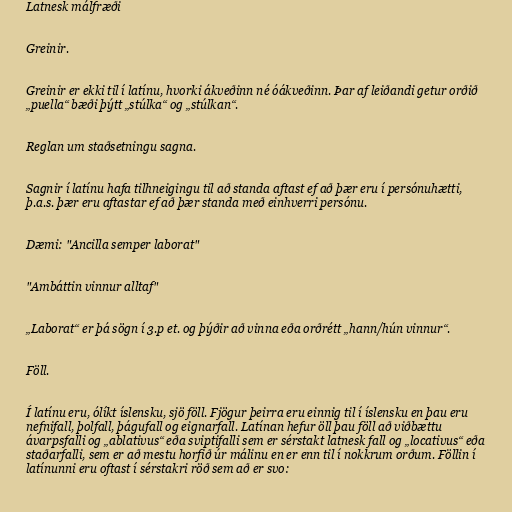
Latnesk málfræði

Greinir.

Greinir er ekki til í latínu, hvorki ákveðinn né óákveðinn. Þar af leiðandi getur orðið
„puella“ bæði þýtt „stúlka“ og „stúlkan“.

Reglan um staðsetningu sagna.

Sagnir í latínu hafa tilhneigingu til að standa aftast ef að þær eru í persónuhætti,
þ.a.s. þær eru aftastar ef að þær standa með einhverri persónu.

Dæmi: "Ancilla semper laborat"

"Ambáttin vinnur alltaf"

„Laborat“ er þá sögn í 3.p et. og þýðir að vinna eða orðrétt „hann/hún vinnur“.

Föll.

Í latínu eru, ólíkt íslensku, sjö föll. Fjögur þeirra eru einnig til í íslensku en þau eru
nefnifall, þolfall, þágufall og eignarfall. Latínan hefur öll þau föll að viðbættu
ávarpsfalli og „ablativus“ eða sviptifalli sem er sérstakt latnesk fall og „locativus“ eða
staðarfalli, sem er að mestu horfið úr málinu en er enn til í nokkrum orðum. Föllin í
latínunni eru oftast í sérstakri röð sem að er svo: